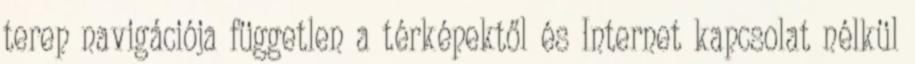
terep navigációja független a térképektől és Internet kapcsolat nélkül